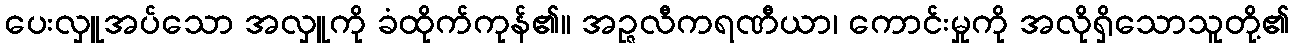
ပေးလှူအပ်သော အလှူကို ခံထိုက်ကုန်၏။ အဉ္ဇလီကရဏီယာ၊ ကောင်းမှုကို အလိုရှိသောသူတို့၏